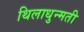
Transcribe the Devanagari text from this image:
थिलाधुन्मती